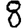
Digit: 8